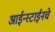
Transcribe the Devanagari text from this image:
आईन्स्टाईनचे